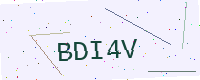
Text: BDI4V